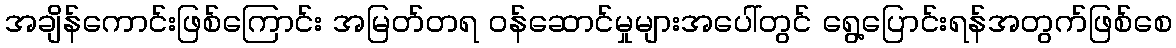
အချိန်ကောင်းဖြစ်ကြောင်း အမြတ်တရ ဝန်ဆောင်မှုများအပေါ်တွင် ရွေ့ပြောင်းရန်အတွက်ဖြစ်စေ